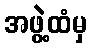
အဖွဲ့ထံမှ